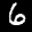
Label: 6